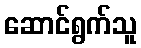
ဆောင်ရွက်သူ